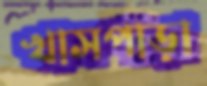
খাসপাড়া